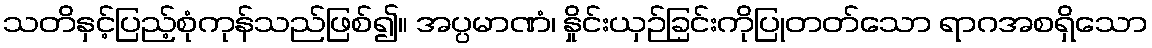
သတိနှင့်ပြည့်စုံကုန်သည်ဖြစ်၍။ အပ္ပမာဏံ၊ နှိုင်းယှဉ်ခြင်းကိုပြုတတ်သော ရာဂအစရှိသော